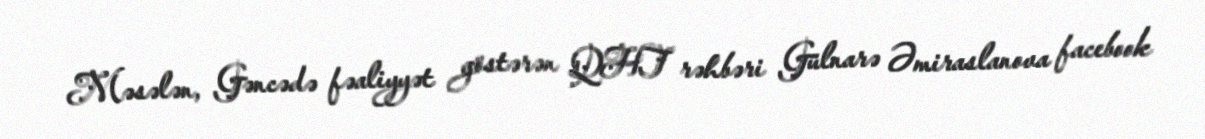
Məsələn, Gəncədə fəaliyyət göstərən QHT rəhbəri Gülnarə Əmiraslanova facebook